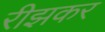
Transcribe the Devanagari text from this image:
रीझकर